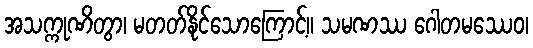
အသက္ကုဏိတွာ၊ မတတ်နိုင်သောကြောင့်။ သမဏဿ ဂေါတမဿေဝ၊